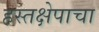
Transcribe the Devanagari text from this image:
हस्तक्षेपाचा